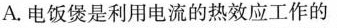
A.电饭煲是利用电流的热效应工作的